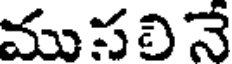
ముసలినే